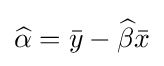
{\widehat {\alpha }}={\bar {y}}-{\widehat {\beta }}{\bar {x}}